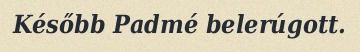
Később Padmé belerúgott.